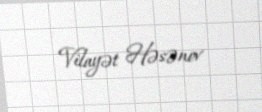
Vilayət Həsənov